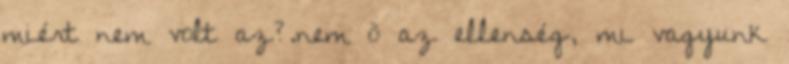
miért nem volt az?.nem õ az ellenség, mi vagyunk